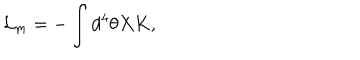
{ \cal L } _ { m } = - \int d ^ { 4 } \theta X K ,